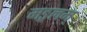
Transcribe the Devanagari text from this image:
मङ्गलम्